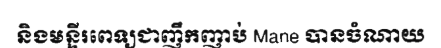
និងមន្ទីរពេទ្យជាញឹកញាប់ Mane បានចំណាយ